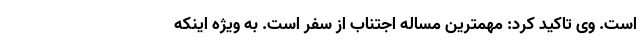
است. وی تاکید کرد: مهمترین مساله اجتناب از سفر است. به ویژه اینکه